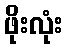
ဖိုးလုံး